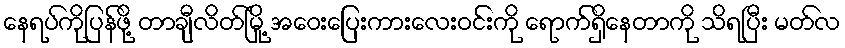
နေရပ်ကိုပြန်ဖို့ တာချီလိတ်မြို့ အဝေးပြေးကားလေးဝင်းကို ရောက်ရှိနေတာကို သိရပြီး မတ်လ